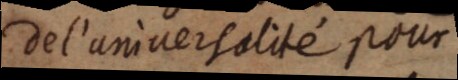
de l’universalité pour